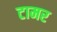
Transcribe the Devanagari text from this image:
टामर